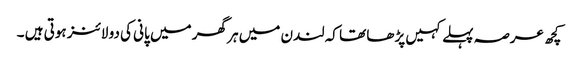
کچھ عرصہ پہلے کہیں پڑھا تھا کہ لندن میں ہر گھر میں پانی کی دو لائنز ہوتی ہیں ۔